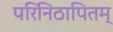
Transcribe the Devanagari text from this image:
परिनिठापितम्